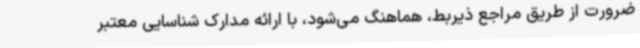
ضرورت از طریق مراجع ذیربط، هماهنگ می‌شود، با ارائه مدارک شناسایی معتبر